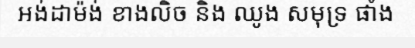
អង់ដាម៉ង់ ខាងលិច និង ឈូង សមុទ្រ ផាំង